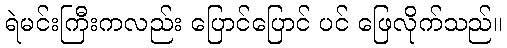
ရဲမင်းကြီးကလည်း ပြောင်ပြောင် ပင် ဖြေလိုက်သည်။